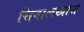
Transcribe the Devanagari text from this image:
सिवालखास